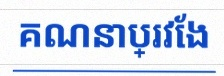
គណនាប្រវែង